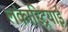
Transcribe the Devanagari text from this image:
लंकास्ट्रियाई